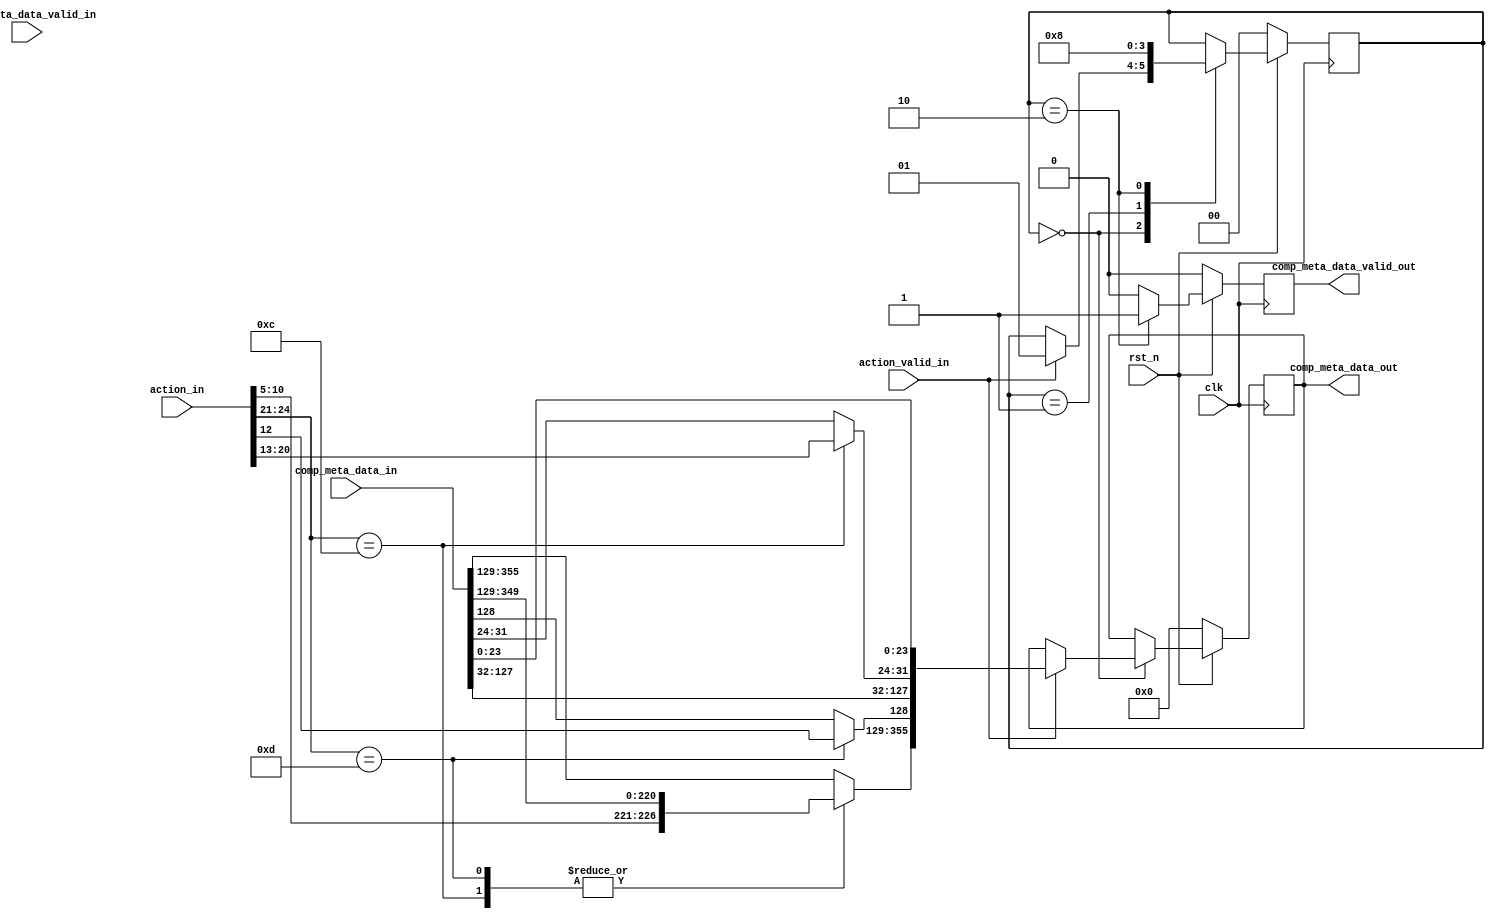
/****************************************************/
//	Module name: alu_3
//	Authority @ yangxiangrui (yangxiangrui11@nudt.edu.cn)
//	Last edited time: 2020/09/25
//	Function outline: 3rd type ALU (metadata modification) in RMT
/****************************************************/
`timescale 1ns / 1ps
module alu_3 #(
    parameter STAGE_ID = 0,
    parameter ACTION_LEN = 25,
    parameter META_LEN = 256,
    parameter COMP_LEN = 100
)(
    input                               clk,
    input                               rst_n,
    //the input data shall be metadata & com_ins
    input [META_LEN+COMP_LEN-1:0]       comp_meta_data_in,
    input                               comp_meta_data_valid_in,
    input [ACTION_LEN-1:0]                 action_in,
    input                               action_valid_in,

    //output is the modified metadata plus comp_ins
    output reg [META_LEN+COMP_LEN-1:0]  comp_meta_data_out,
    output reg                          comp_meta_data_valid_out     
);

//need delay for one cycle before the result pushed out
/*
action format:
    [24:20]: opcode;
    [19:12]: dst_port;
    [11]:    discard_flag;
    [10:5]:  next_table_id;
    [4:0]:   reserverd_bit;
*/
/*
metadata fields that are related:
    TODO: next table id is not supported yet.
    [255:250]: next_table_id;
    [249:129]: reservered for other use;
    [128]:     discard_field;
    [127:0]:   copied from NetFPGA's md;
    
*/

localparam IDLE=0, OP_1=1, OP_2=2;

reg [1:0]						state, state_next;
reg [META_LEN+COMP_LEN-1:0]		comp_meta_data_out_r;
reg								comp_meta_data_valid_next;

always @(*) begin
	state_next = state;
	comp_meta_data_out_r = comp_meta_data_out;
	comp_meta_data_valid_next = 0;

	case (state)
		IDLE: begin
			if (action_valid_in) begin
				state_next = OP_1;
				case(action_in[24:21])
            	    4'b1100: begin
            	        comp_meta_data_out_r[355:32] = {action_in[10:5],comp_meta_data_in[349:32]};
            	        comp_meta_data_out_r[31:24]  = action_in[20:13];
            	        comp_meta_data_out_r[23:0]   = comp_meta_data_in[23:0];
            	    end
            	    4'b1101: begin
            	        comp_meta_data_out_r[355:129] = {action_in[10:5],comp_meta_data_in[349:129]};
            	        comp_meta_data_out_r[128] = action_in[12];
            	        comp_meta_data_out_r[127:0] = comp_meta_data_in[127:0];
            	    end
            	    default: begin
            	        comp_meta_data_out_r = comp_meta_data_in;
            	    end
            	endcase
			end
		end
		OP_1: begin
			// empty cycle
			state_next = OP_2;
		end
		OP_2: begin
			comp_meta_data_valid_next = 1;
			state_next = IDLE;
		end
	endcase
end

always @(posedge clk) begin
	if (~rst_n) begin
		comp_meta_data_out <= 0;
		comp_meta_data_valid_out <= 0;
		state <= IDLE;
	end
	else begin
		state <= state_next;
		comp_meta_data_out <= comp_meta_data_out_r;
		comp_meta_data_valid_out <= comp_meta_data_valid_next;
	end
end

endmodule